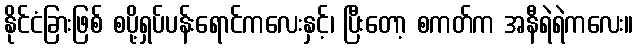
နိုင်ငံခြားဖြစ် စပို့ရှပ်ပန်းရောင်ကလေးနှင့်၊ ပြီးတော့ စကတ်က အနီရဲရဲကလေး။